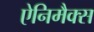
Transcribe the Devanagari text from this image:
ऐनिमैक्स